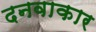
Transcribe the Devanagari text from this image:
दनवाकार